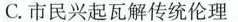
C.市民兴起瓦解传统伦理